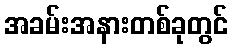
အခမ်းအနားတစ်ခုတွင်